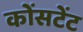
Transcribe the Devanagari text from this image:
कोंसटेंट